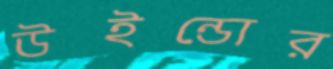
উইন্ডোর